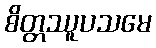
စိတ္တဿူပသမေ